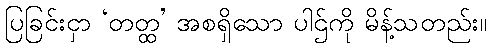
ပြခြင်းငှာ ‘တတ္ထ’ အစရှိသော ပါဌ်ကို မိန့်သတည်း။